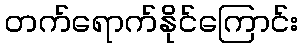
တက်ရောက်နိုင်ကြောင်း